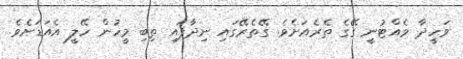
ވަހީދާ ވެއްޓުނީ ގޭގެ ތެރެއަށެވެ. ގޭތެރޭގައި ނިދާފައި ތިބި މީހުން ހޭލީ އެއަޑަށެވެ.